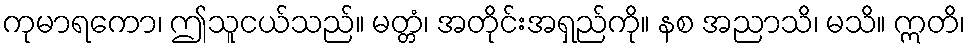
ကုမာရကော၊ ဤသူငယ်သည်။ မတ္တံ၊ အတိုင်းအရှည်ကို။ နစ အညာသိ၊ မသိ။ ဣတိ၊